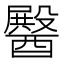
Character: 𮡆